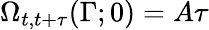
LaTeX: \Omega_{t,t+\tau}(\Gamma;0)=A\tau